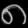
Digit: ၈